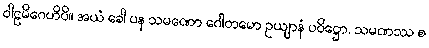
ဝါဠမိဂေဟိပိ။ အယံ ခေါ ပန သမဏော ဂေါတမော ဥယျာနံ ပဝိဋ္ဌော, သမဏဿ စ